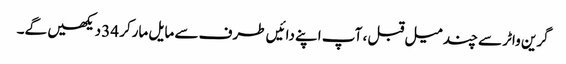
گرین واٹر سے چند میل قبل ، آپ اپنے دائیں طرف سے مایل مارکر 34 دیکھیں گے۔